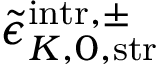
\tilde { \epsilon } _ { K , 0 , \mathrm { s t r } } ^ { \mathrm { i n t r } , \pm }